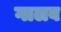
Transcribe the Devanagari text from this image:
गालब